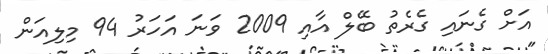
އަށް ގެނައި ގެރެތު ބޭލް އާއި 2009 ވަނަ އަހަރު 94 މިލިއަން